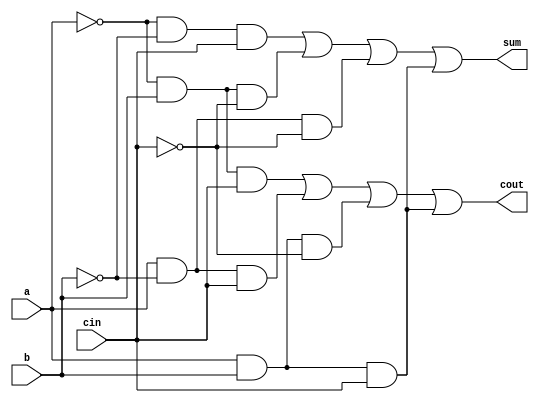
module full_adder(a,b,cin,sum,cout);
input a,b,cin ;
output sum,cout;
wire x1,x2,x3,x4,y1,y2,y3,y4;

assign x1=((~a)&(~b)&(cin));
assign x2=((~a)&(b)&(~cin));
assign x3=((a)&(~b)&(~cin));
assign x4=((a)&(b)&(cin));
assign sum = x1|x2|x3|x4;
assign y1=((~a)&(b)&(cin));
assign y2=((a)&(~b)&(cin));
assign y3=((a)&(b)&(~cin));
assign y4=((a)&(b)&(cin));
assign cout=y1|y2|y3|y4;
endmodule